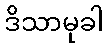
ဒိသာမုခါ